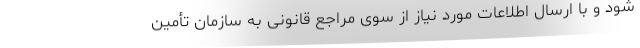
شود و با ارسال اطلاعات مورد نیاز از سوی مراجع قانونی به سازمان تأمین